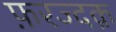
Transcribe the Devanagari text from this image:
फ़रज्दक़